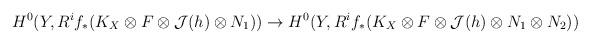
LaTeX: \begin{align*}H^0(Y, R^if_*(K_X\otimes F\otimes \mathcal J(h)\otimes N_1))\to H^0(Y, R^if_*(K_X\otimes F\otimes \mathcal J(h)\otimes N_1\otimes N_2))\end{align*}